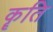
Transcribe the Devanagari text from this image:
कॄति